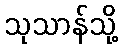
သုသာန်သို့